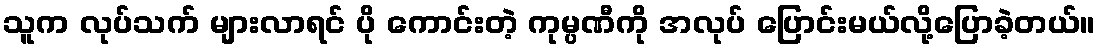
သူက လုပ်သက် များလာရင် ပို ကောင်းတဲ့ ကုမ္ပဏီကို အလုပ် ပြောင်းမယ်လို့ပြောခဲ့တယ်။